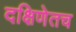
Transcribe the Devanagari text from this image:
दक्षिणेतच